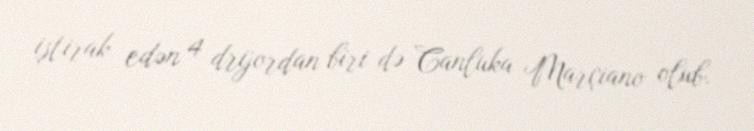
iştirak edən 4 drijordan biri də Canluka Marçiano olub.